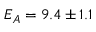
E _ { A } = 9 . 4 \pm 1 . 1